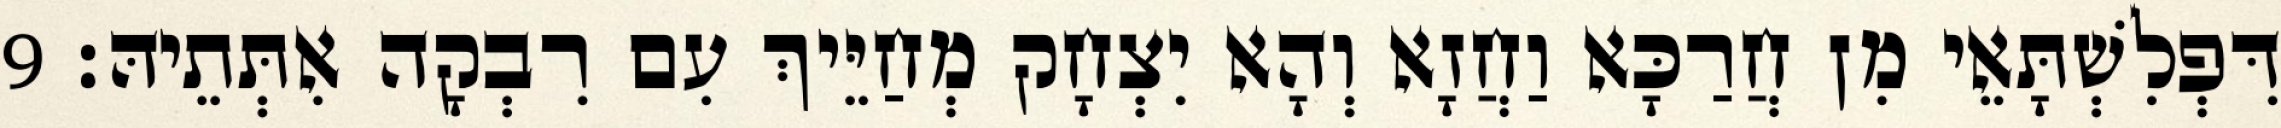
דִּפְלִשְׁתָּאֵי מִן חֲרַכָּא וַחֲזָא וְהָא יִצְחָק מְחַיֵּיךְ עִם רִבְקָה אִתְּתֵיהּ׃ 9